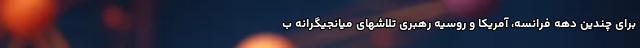
برای چندین دهه فرانسه، آمریکا و روسیه رهبری تلاشهای میانجیگرانه ب